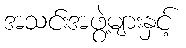
အသင်းအဖွဲ့များနှင့်